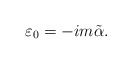
\begin{align*}\varepsilon_0 = -i m \tilde{\alpha}.\end{align*}